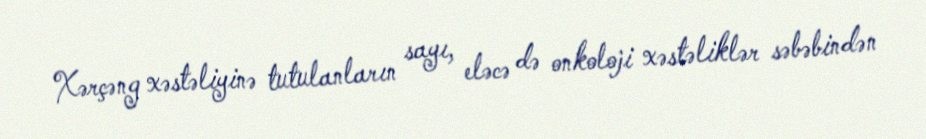
Xərçəng xəstəliyinə tutulanların sayı, eləcə də onkoloji xəstəliklər səbəbindən